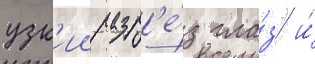
узк'ии разр'е́з гла́з и́